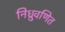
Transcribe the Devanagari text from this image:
निध्रुवणित